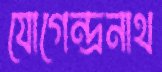
যোগেন্দ্রনাথ